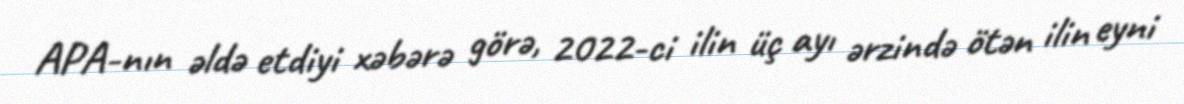
APA-nın əldə etdiyi xəbərə görə, 2022-ci ilin üç ayı ərzində ötən ilin eyni